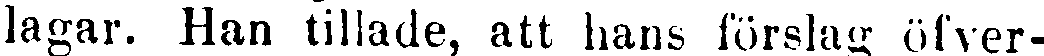
lagar. Han tillade, att hans förslag öfver-